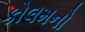
કોલમનો